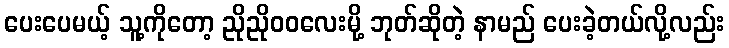
ပေးပေမယ့် သူ့ကိုတော့ ညိုညိုဝဝလေးမို့ ဘုတ်ဆိုတဲ့ နာမည် ပေးခဲ့တယ်လို့လည်း